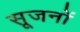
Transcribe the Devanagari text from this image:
सूजनों